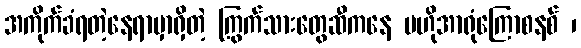
အကိုက်ခံရတဲ့နေရာမှာရှိတဲ့ ကြွက်သားတွေဆီကနေ ဗဟိုအာရုံကြောစနစ် ၊